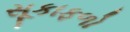
સૂકાફળો